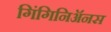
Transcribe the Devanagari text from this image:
गिंगिनिॲनस